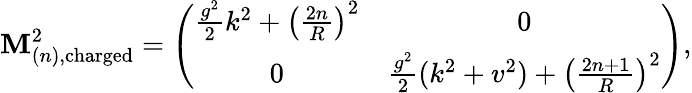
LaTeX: \mathbf{M}_{(n),\mathrm{{charged}}}^{2}=\left(\begin{array}{cc}{{\frac{g^{2}}2k^{2}+\left(\frac{2n}R\right)^{2}}}&{{0}}\\ {{0}}&{{\frac{g^{2}}2(k^{2}+v^{2})+\left(\frac{2n+1}R\right)^{2}}}\end{array}\right),